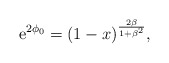
\begin{align*}{\rm e}^{2 \phi_0} = ( 1 - x )^{{2 \beta}\over {1 + \beta ^2}} ,\end{align*}